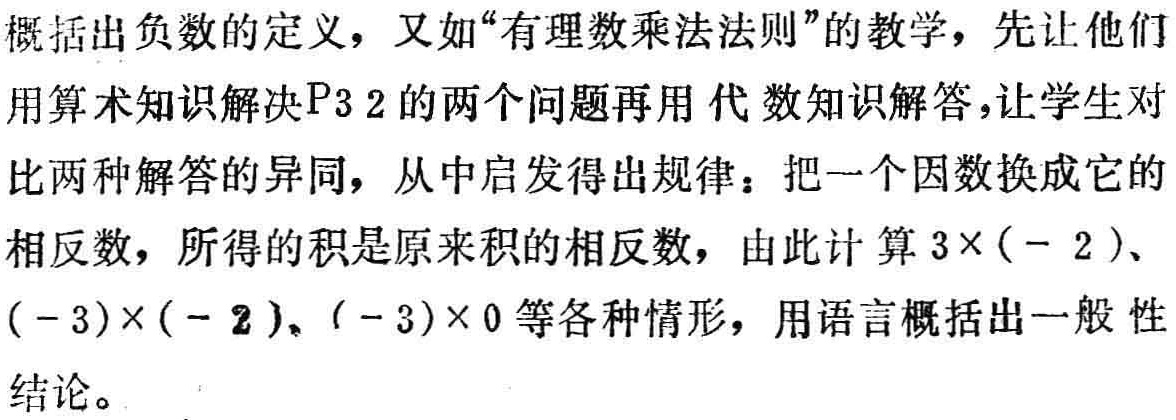
概括出负数的定义，又如“有理数乘法法则”的教学，先让他们用算术知识解决P32的两个问题再用代数知识解答，让学生对比两种解答的异同，从中启发得出规律：把一个因数换成它的相反数，所得的积是原来积的相反数，由此计算\(3\times(- 2)\)、\((-3)\times(- 2)\)、\((-3)\times0\)等各种情形，用语言概括出一般性结论。